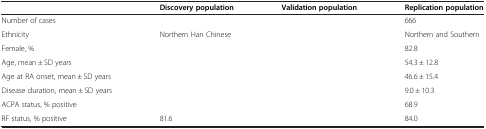
<table><thead><tr><td>[EMPTY_CELL]</td><td><b>Discovery population</b></td><td><b>Validation population</b></td><td><b>Replication population</b></td></tr></thead><tbody><tr><td>Number of cases</td><td>[EMPTY_CELL]</td><td>[EMPTY_CELL]</td><td>666</td></tr><tr><td>Ethnicity</td><td>Northern Han Chinese</td><td>[EMPTY_CELL]</td><td>Northern and Southern</td></tr><tr><td>Female, %</td><td>[EMPTY_CELL]</td><td>[EMPTY_CELL]</td><td>82.8</td></tr><tr><td>Age, mean ± SD years</td><td>[EMPTY_CELL]</td><td>[EMPTY_CELL]</td><td>54.3 ± 12.8</td></tr><tr><td>Age at RA onset, mean ± SD years</td><td>[EMPTY_CELL]</td><td>[EMPTY_CELL]</td><td>46.6 ± 15.4</td></tr><tr><td>Disease duration, mean ± SD years</td><td>[EMPTY_CELL]</td><td>[EMPTY_CELL]</td><td>9.0 ± 10.3</td></tr><tr><td>ACPA status, % positive</td><td>[EMPTY_CELL]</td><td>[EMPTY_CELL]</td><td>68.9</td></tr><tr><td>RF status, % positive</td><td>81.6</td><td>[EMPTY_CELL]</td><td>84.0</td></tr></tbody></table>